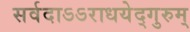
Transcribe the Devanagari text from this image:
सर्वदाऽऽराधयेद्गुरुम्